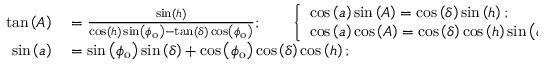
\begin{array} { r l } { \tan \left( A \right) } & { { } = { \frac { \sin \left( h \right) } { \cos \left( h \right) \sin \left( \phi _ { \mathrm { o } } \right) - \tan \left( \delta \right) \cos \left( \phi _ { \mathrm { o } } \right) } } ; \qquad { \left\{ \begin{array} { l l } { \cos \left( a \right) \sin \left( A \right) = \cos \left( \delta \right) \sin \left( h \right) ; } \\ { \cos \left( a \right) \cos \left( A \right) = \cos \left( \delta \right) \cos \left( h \right) \sin \left( \phi _ { \mathrm { o } } \right) - \sin \left( \delta \right) \cos \left( \phi _ { \mathrm { o } } \right) } \end{array} \right. } } \\ { \sin \left( a \right) } & { { } = \sin \left( \phi _ { \mathrm { o } } \right) \sin \left( \delta \right) + \cos \left( \phi _ { \mathrm { o } } \right) \cos \left( \delta \right) \cos \left( h \right) ; } \end{array}